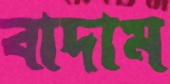
বাদাম